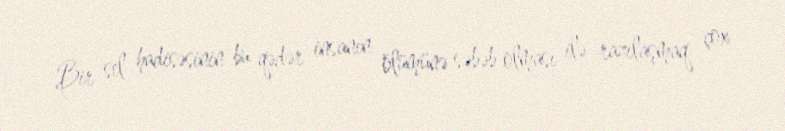
Bir sel hadisəsinin bu qədər insanın ölümünə səbəb olması ilə razılaşmaq çox